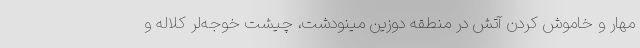
مهار و خاموش کردن آتش در منطقه دوزین مینودشت، چیشت خوجه‌لر کلاله و